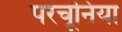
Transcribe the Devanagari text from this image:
परचूनिया